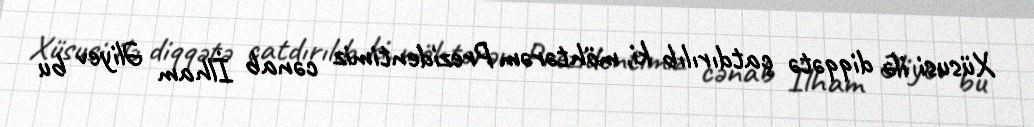
Xüsusi ilə diqqətə çatdırılıb ki, möhtərəm Prezidentimiz cənab İlham Əliyev bu